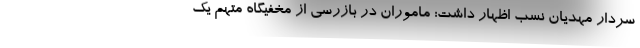
سردار مهدیان نسب اظهار داشت: ماموران در بازرسی از مخفیگاه متهم یک